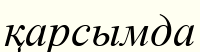
қарсымда